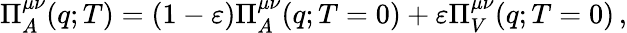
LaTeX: \Pi_{A}^{\mu\nu}(q;T)=(1-\varepsilon)\Pi_{A}^{\mu\nu}(q;T=0)+\varepsilon\Pi_{V}^{\mu\nu}(q;T=0)\, ,